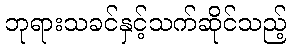
ဘုရားသခင်နှင့်သက်ဆိုင်သည့်